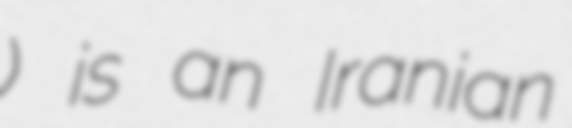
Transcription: تبریزیان) is an Iranian